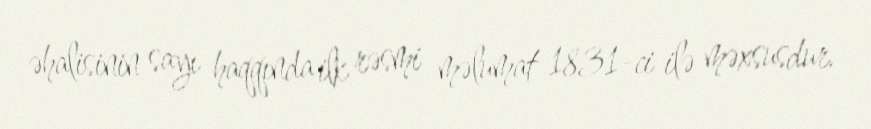
əhalisinin sayı haqqında ilk rəsmi məlumat 1831-ci ilə məxsusdur.